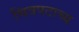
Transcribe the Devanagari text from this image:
चित्रपटाच्य